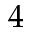
4